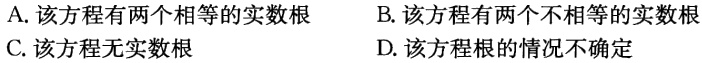
A. 该方程有两个相等的实数根

B. 该方程有两个不相等的实数根

C. 该方程无实数根

D. 该方程根的情况不确定